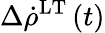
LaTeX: \Delta\dot{\rho}^{\mathrm{LT}}\left(t\right)